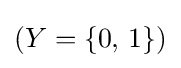
\left(Y=\{0,\,1\}\right)